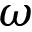
\omega